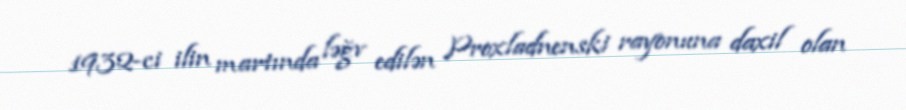
1932-ci ilin martında ləğv edilən Proxladnenski rayonuna daxil olan